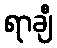
ရာချီ